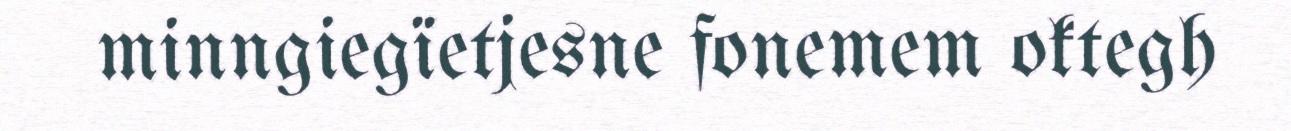
minngiegïetjesne fonemem oktegh